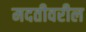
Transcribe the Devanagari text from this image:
मदतीवरील